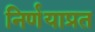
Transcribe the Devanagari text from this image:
निर्णयाप्रत